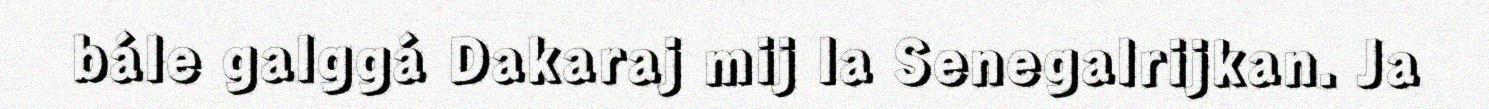
bále galggá Dakaraj mij la Senegalrijkan. Ja